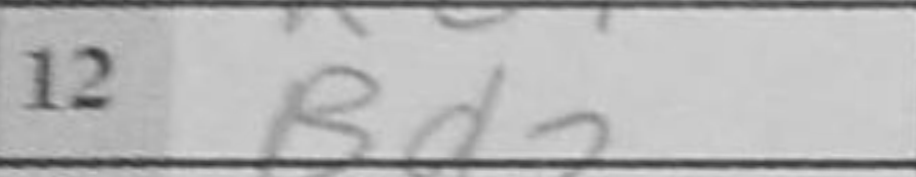
Transcription: Bd2